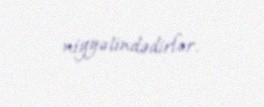
niyyətindədirlər.